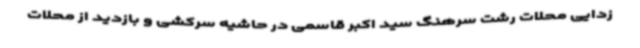
زدایی محلات رشت سرهنگ سید اکبر قاسمی در حاشیه سرکشی و بازدید از محلات